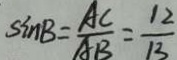
\sin B = \frac { A C } { A B } = \frac { 1 2 } { 1 3 }